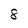
Character: 8